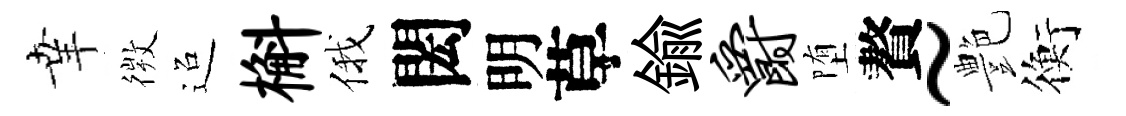
𦍒𢕄迢槲俄閎明草鍮爵堕贅~艶衡